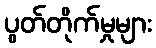
ပွတ်တိုက်မှုများ